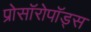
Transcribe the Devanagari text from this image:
प्रोसॉरोपॉड्स